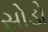
સોડો